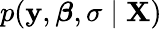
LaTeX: p(\mathbf{y},{\boldsymbol{\beta}},\sigma\mid\mathbf{X})